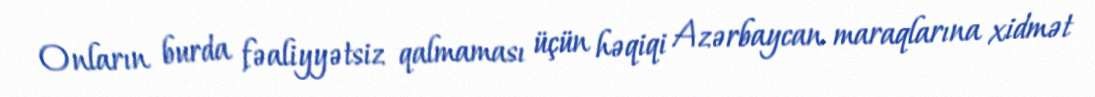
Onların burda fəaliyyətsiz qalmaması üçün həqiqi Azərbaycan maraqlarına xidmət